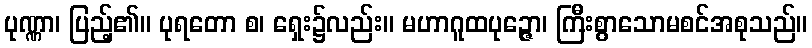
ပုဏ္ဏာ၊ ပြည့်၏။ ပုရတော စ၊ ရှေး၌လည်း။ မဟာဂူထပုဉ္ဇော၊ ကြီးစွာသောမစင်အစုသည်။